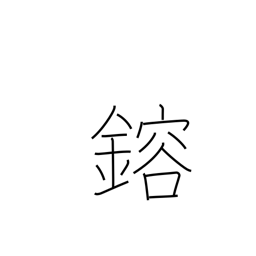
Meaning: melt